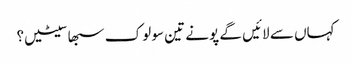
کہاں سے لائیں گے پونے تین سو لوک سبھا سیٹیں؟